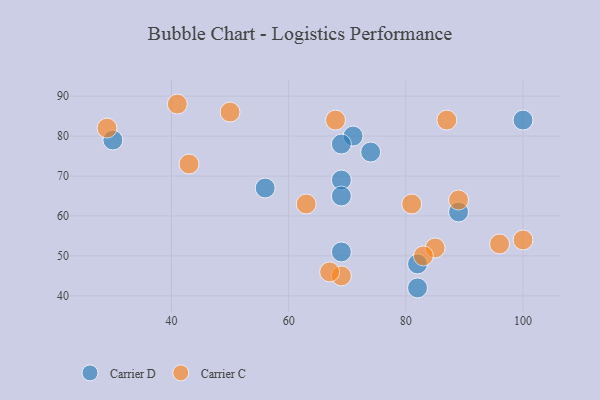
{"axis": {"x": "GDP", "y": "Life Expectancy"}, "legend": ["Carrier C", "Carrier D"], "data": [{"x": "82", "y": 48, "type": "Carrier D"}, {"x": "56", "y": 67, "type": "Carrier D"}, {"x": "89", "y": 61, "type": "Carrier D"}, {"x": "30", "y": 79, "type": "Carrier D"}, {"x": "69", "y": 69, "type": "Carrier D"}, {"x": "71", "y": 80, "type": "Carrier D"}, {"x": "69", "y": 65, "type": "Carrier D"}, {"x": "69", "y": 51, "type": "Carrier D"}, {"x": "100", "y": 84, "type": "Carrier D"}, {"x": "74", "y": 76, "type": "Carrier D"}, {"x": "69", "y": 78, "type": "Carrier D"}, {"x": "82", "y": 42, "type": "Carrier D"}, {"x": "87", "y": 84, "type": "Carrier C"}, {"x": "96", "y": 53, "type": "Carrier C"}, {"x": "100", "y": 54, "type": "Carrier C"}, {"x": "85", "y": 52, "type": "Carrier C"}, {"x": "89", "y": 64, "type": "Carrier C"}, {"x": "69", "y": 45, "type": "Carrier C"}, {"x": "81", "y": 63, "type": "Carrier C"}, {"x": "67", "y": 46, "type": "Carrier C"}, {"x": "50", "y": 86, "type": "Carrier C"}, {"x": "83", "y": 50, "type": "Carrier C"}, {"x": "41", "y": 88, "type": "Carrier C"}, {"x": "43", "y": 73, "type": "Carrier C"}, {"x": "63", "y": 63, "type": "Carrier C"}, {"x": "29", "y": 82, "type": "Carrier C"}, {"x": "68", "y": 84, "type": "Carrier C"}]}